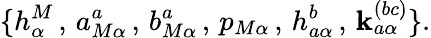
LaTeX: \{ h_{\alpha}^{M}\, ,\, a_{M\alpha}^{a}\, ,\, b_{M\alpha}^{a}\, ,\, p_{M\alpha}\, ,\, h_{a\alpha}^{b}\, ,\, \mathbf{k}_{a\alpha}^{(bc)}\} .